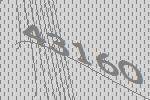
43160